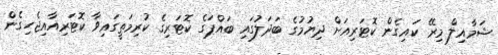
ޝަމާއިލް މިރޭ ކައިގެން ކޮޓަރިއަށް ދިޔުމުގެ ބަދަލުގައި ބައްޕަގެ ކޮޓަރިގެ ކުރިމަތީގައިވާ ކޮޓަރިއާއިޖެހިގެން